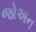
જોઅન